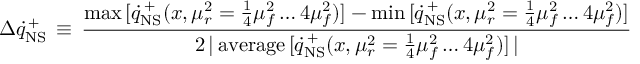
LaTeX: \Delta \dot { q } _ { \mathrm { N S } } ^ { \, + } \, \equiv \, \frac { \operatorname * { m a x } \, [ \dot { q } _ { \mathrm { N S } } ^ { \, + } ( x , \mu _ { r } ^ { 2 } = \frac { 1 } { 4 } \mu _ { f } ^ { 2 } \ldots 4 \mu _ { f } ^ { 2 } ) ] - \operatorname * { m i n } \, [ \dot { q } _ { \mathrm { N S } } ^ { \, + } ( x , \mu _ { r } ^ { 2 } = \frac { 1 } { 4 } \mu _ { f } ^ { 2 } \ldots 4 \mu _ { f } ^ { 2 } ) ] } { 2 \, | \, \mathrm { a v e r a g e } \, [ \dot { q } _ { \mathrm { N S } } ^ { \, + } ( x , \mu _ { r } ^ { 2 } = \frac { 1 } { 4 } \mu _ { f } ^ { 2 } \ldots 4 \mu _ { f } ^ { 2 } ) ] \, | }